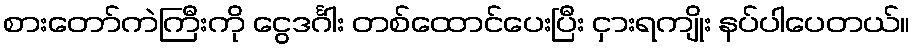
စားတော်ကဲကြီးကို ငွေဒင်္ဂါး တစ်ထောင်ပေးပြီး ငှားရကျိုး နပ်ပါပေတယ်။